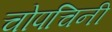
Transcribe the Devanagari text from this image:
चोपचिनी